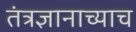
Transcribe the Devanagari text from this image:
तंत्रज्ञानाच्याच